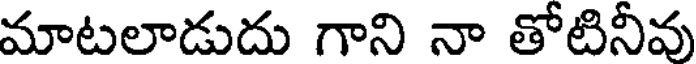
మాటలాడుదు గాని నా తోటినీవు